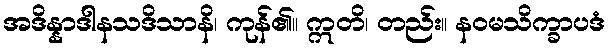
အဒိန္နာဒါနသဒိသာနိ၊ ကုန်၏။ ဣတိ၊ တည်း။ နဝမသိက္ခာပဒံ